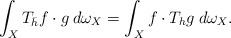
LaTeX: \begin{align*}\int_X T_{\bar h}f \cdot g \> d\omega_X = \int_Xf \cdot T_{h}g\> d\omega_X.\end{align*}